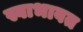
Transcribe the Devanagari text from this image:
स्वाभावत